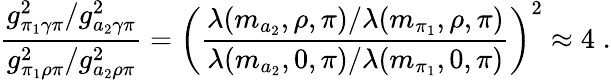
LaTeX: {\frac{g_{\pi_{1}\gamma\pi}^{2}/g_{a_{2}\gamma\pi}^{2}}{g_{\pi_{1}\rho\pi}^{2}/g_{a_{2}\rho\pi}^{2}}}=\left({\frac{\lambda(m_{a_{2}},\rho,\pi)/\lambda(m_{\pi_{1}},\rho,\pi)}{\lambda(m_{a_{2}},0,\pi)/\lambda(m_{\pi_{1}},0,\pi)}}\right)^{2}\approx 4\; .